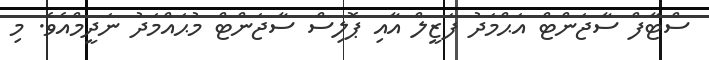
ސްޓާފް ސާޖަންޓް އަޙްމަދު ފަޒީލް އާއި ޕޮލިސް ސާޖަންޓް މުޙައްމަދު ނަދީމްއެވެ. މި